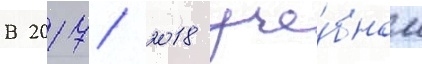
В 2017/ 2018 уче́бном